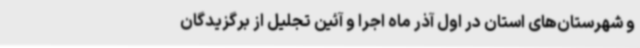
و شهرستان‌های استان در اول آذر ماه اجرا و آئین تجلیل از برگزیدگان